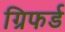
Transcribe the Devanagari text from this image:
ग्रिफर्ड